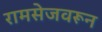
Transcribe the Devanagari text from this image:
रामसेजवरून